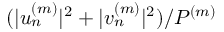
( | u _ { n } ^ { ( m ) } | ^ { 2 } + | v _ { n } ^ { ( m ) } | ^ { 2 } ) / P ^ { ( m ) }